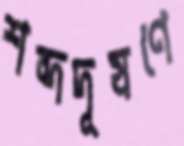
শব্দদূষণে